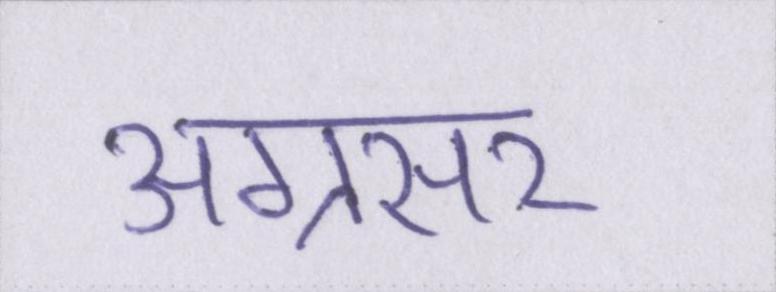
अग्रसर